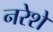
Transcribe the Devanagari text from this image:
नरेशें